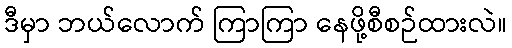
ဒီမှာ ဘယ်လောက် ကြာကြာ နေဖို့စီစဉ်ထားလဲ။